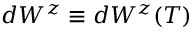
d W ^ { z } \equiv d W ^ { z } ( T )